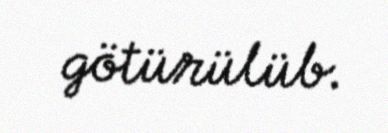
götürülüb.